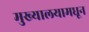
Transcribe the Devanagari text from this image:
मुख्यालयामधून